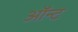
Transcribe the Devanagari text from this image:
ऑन्ट